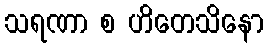
သရဏာ စ ဟိတေသိနော